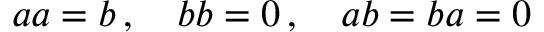
\textstyle a a = b \, , \quad b b = 0 \, , \quad a b = b a = 0